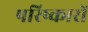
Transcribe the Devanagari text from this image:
परिष्कारों